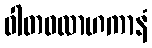
ဝါတဝလာဟကာနံ